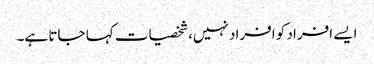
ایسے افراد کو افراد نہیں، شخصیات کہا جاتا ہے۔